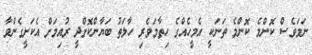
ނަމަވެސް ކޮންމެ ކޮންމެ ތަނަކީ އެމީހެއްގެ ހިތާމަވެރި ހާލަތު ބަޔާންކޮށްދީ ރުއިމަށް އެކަށީގެންވާ